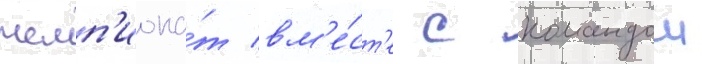
чемп'иона́т вм'е́ст'е с командои